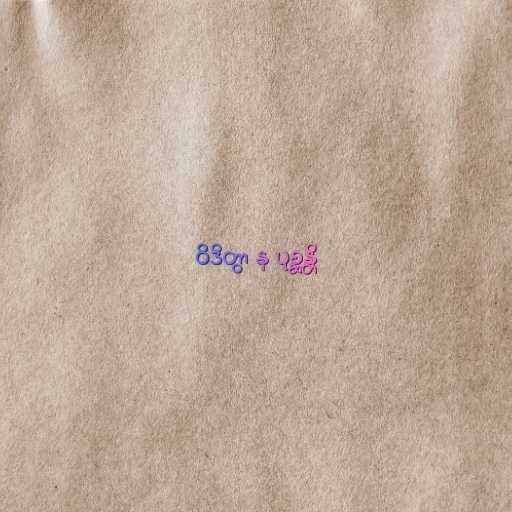
ဝိဒိတွာ န ပုစ္ဆန္တိ